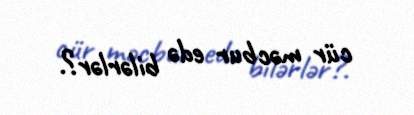
cür məcbur edə bilərlər?.